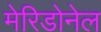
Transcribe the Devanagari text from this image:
मेरिडोनेल